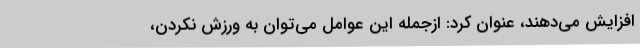
افزایش می‌دهند، عنوان کرد: ازجمله این عوامل می‌توان به ورزش نکردن،